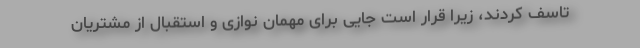
تاسف کردند، زیرا قرار است جایی برای مهمان نوازی و استقبال از مشتریان